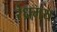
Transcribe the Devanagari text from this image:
रंध्रमय